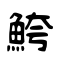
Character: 鮬